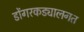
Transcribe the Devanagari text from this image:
डोंगरकड्यालगत